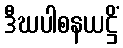
ဒီဃပါစနယဋ္ဌိံ